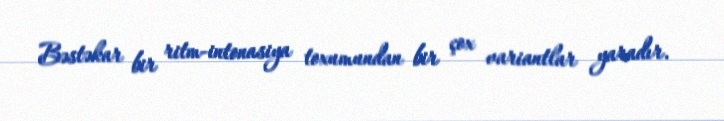
Bəstəkar bir ritm-intonasiya toxumundan bir çox variantlar yaradır.